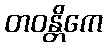
တဝန္တိကေ